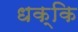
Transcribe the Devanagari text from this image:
धक्कि